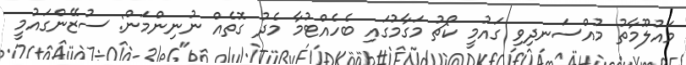
މައުލޫމާތު މުއްސަނދިވި ގައުމީ ކޯޗު މަގާމުގައި ބެހެއްޓުމާ މެދު ގޮތެއް ނުނިންމަން: ސުޒޭންގައުމީ